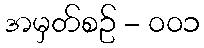
အမှတ်စဥ် - ၀၀၁